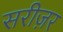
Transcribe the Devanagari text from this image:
सरीज़र